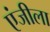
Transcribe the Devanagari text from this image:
एंजीला